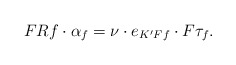
\begin{align*} F{R}f\cdot{}\alpha_f=\nu\cdot{}e_{K'Ff}\cdot{}F\tau_f. \end{align*}